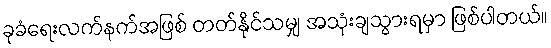
ခုခံရေးလက်နက်အဖြစ် တတ်နိုင်သမျှ အသုံးချသွားရမှာ ဖြစ်ပါတယ်။